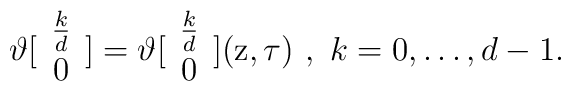
\vartheta [ \begin{array}{c} \frac{k}{d} \\ 0\end{array} ] = \vartheta [ \begin{array}{c} \frac{k}{d} \\ 0\end{array} ] ( {\rm z} , \tau ) \ , \ k = 0 , \ldots , d-1 .